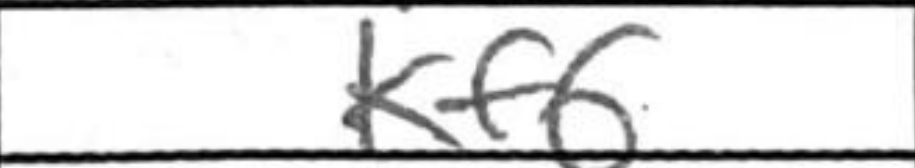
Transcription: Kf6